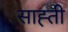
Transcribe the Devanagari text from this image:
साह्ती